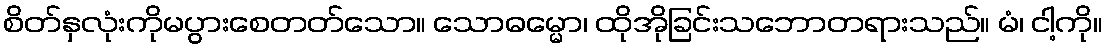
စိတ်နှလုံးကိုမပွားစေတတ်သော။ သောဓမ္မော၊ ထိုအိုခြင်းသဘောတရားသည်။ မံ၊ ငါ့ကို။